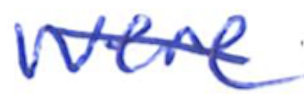
Text: were
Cross-out: diagonal
Writing tool: ballpoint